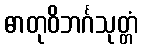
ဓာတုဝိဘင်္ဂသုတ္တံ